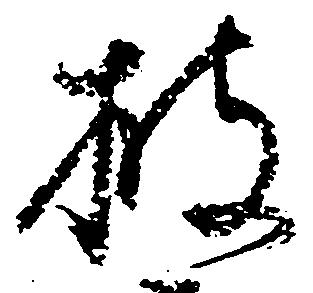
披